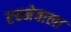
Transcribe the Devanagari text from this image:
रचनेवाला